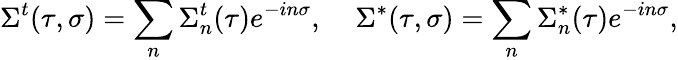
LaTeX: \Sigma^{t}(\tau,\sigma)=\sum_{n}\Sigma_{n}^{t}(\tau)e^{-in\sigma},\; \; \; \; \Sigma^{*}(\tau,\sigma)=\sum_{n}\Sigma_{n}^{*}(\tau)e^{-in\sigma},